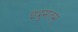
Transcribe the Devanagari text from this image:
इंदुमतम्